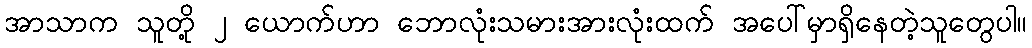
အာသာက သူတို့ ၂ ယောက်ဟာ ဘောလုံးသမားအားလုံးထက် အပေါ်မှာရှိနေတဲ့သူတွေပါ။